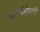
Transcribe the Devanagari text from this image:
बनायेगे।रानी